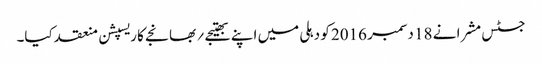
جسٹس مشرا نے 18 دسمبر 2016 کو دہلی میں اپنے بھتیجے ؍ بھانجے کا ریسپشن منعقد کیا۔